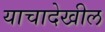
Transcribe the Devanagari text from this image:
याचादेखील